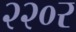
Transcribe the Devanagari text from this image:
२२०र